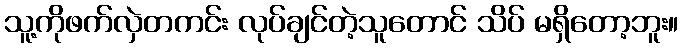
သူ့ကိုဖက်လှဲတကင်း လုပ်ချင်တဲ့သူတောင် သိပ် မရှိတော့ဘူး။